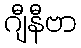
ဂျီနီဗာ